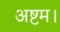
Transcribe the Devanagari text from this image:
अष्टम।